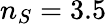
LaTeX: n_{S}=3.5